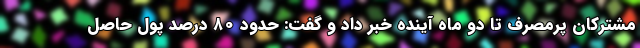
مشترکان پرمصرف تا دو ماه آینده خبر داد و گفت: حدود ۸۰ درصد پول حاصل